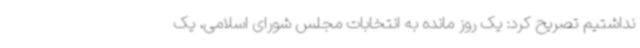
نداشتیم تصریح کرد: یک روز مانده به انتخابات مجلس شورای اسلامی، یک